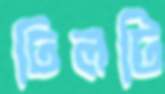
ঢিলটি